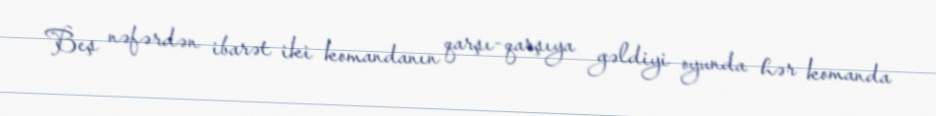
Beş nəfərdən ibarət iki komandanın qarşı-qarşıya gəldiyi oyunda hər komanda